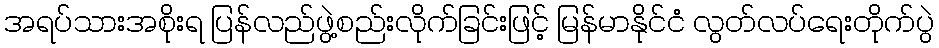
အရပ်သားအစိုးရ ပြန်လည်ဖွဲ့စည်းလိုက်ခြင်းဖြင့် မြန်မာနိုင်ငံ လွတ်လပ်ရေးတိုက်ပွဲ